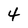
Character: 4